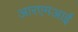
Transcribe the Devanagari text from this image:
आरएमआई